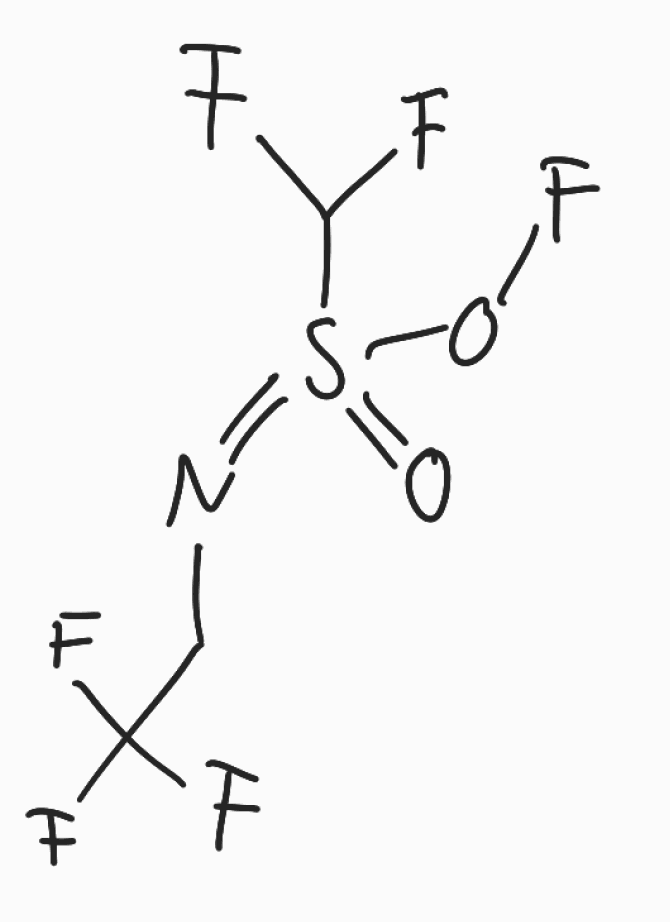
Simplified molecular-input line-entry system (SMILES) notation of the given molecule:
C(C(F)(F)F)N=S(=O)(C(F)F)OF